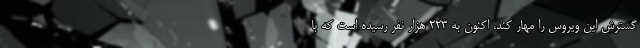
گسترش این ویروس را مهار کند، اکنون به ۲۲۳ هزار نفر رسیده است که با